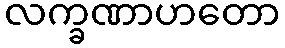
လက္ခဏာဟတော